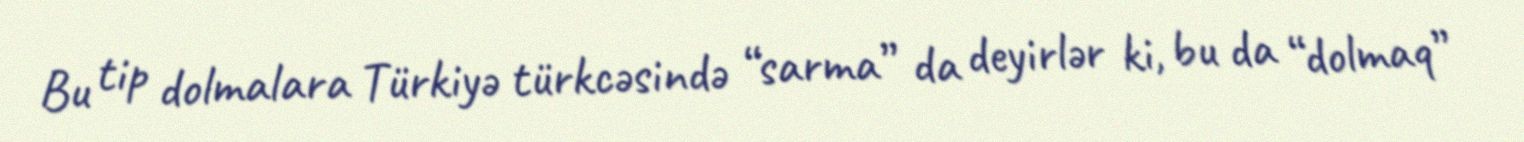
Bu tip dolmalara Türkiyə türkcəsində “sarma” da deyirlər ki, bu da “dolmaq”